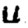
Digit: 4